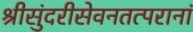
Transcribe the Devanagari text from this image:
श्रीसुंदरीसेवनतत्परानां